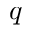
q